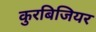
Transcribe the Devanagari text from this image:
कुरबिजियर